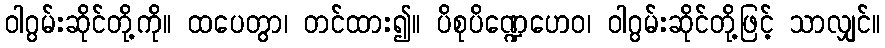
ဝါဂွမ်းဆိုင်တို့ကို။ ထပေတွာ၊ တင်ထား၍။ ပိစုပိဏ္ဍေဟေဝ၊ ဝါဂွမ်းဆိုင်တို့ဖြင့် သာလျှင်။